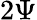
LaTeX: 2\Psi